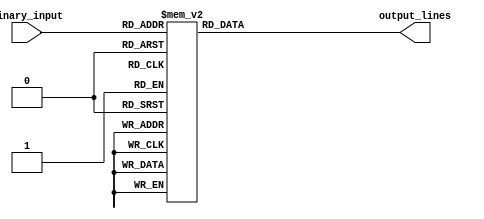
module decoder(
    input [3:0] binary_input,
    output reg [15:0] output_lines
);

always @(*)
begin
    case(binary_input)
        4'b0000: output_lines = 16'b0000000000000001;
        4'b0001: output_lines = 16'b0000000000000010;
        4'b0010: output_lines = 16'b0000000000000100;
        4'b0011: output_lines = 16'b0000000000001000;
        4'b0100: output_lines = 16'b0000000000010000;
        4'b0101: output_lines = 16'b0000000000100000;
        4'b0110: output_lines = 16'b0000000001000000;
        4'b0111: output_lines = 16'b0000000010000000;
        4'b1000: output_lines = 16'b0000000100000000;
        4'b1001: output_lines = 16'b0000001000000000;
        4'b1010: output_lines = 16'b0000010000000000;
        4'b1011: output_lines = 16'b0000100000000000;
        4'b1100: output_lines = 16'b0001000000000000;
        4'b1101: output_lines = 16'b0010000000000000;
        4'b1110: output_lines = 16'b0100000000000000;
        4'b1111: output_lines = 16'b1000000000000000;
        default: output_lines = 16'b0000000000000000;
    endcase
end

endmodule